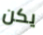
يكن